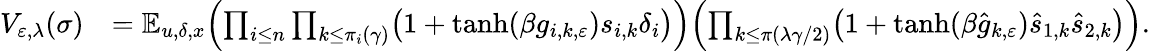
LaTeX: \begin{array}{rl}{{V}_{\varepsilon,\lambda}(\sigma)}&{=\mathbb E_{u,\delta,x}\Bigl(\prod_{i\leq n}\prod_{k\leq\pi_{i}(\gamma)}\bigl(1+\operatorname{tanh}(\beta g_{i,k,\varepsilon})s_{i,k}\delta_{i}\bigr)\Bigr)\Bigl(\prod_{k\leq\pi(\lambda\gamma/2)}\bigl(1+\operatorname{tanh}(\beta\hat{g}_{k,\varepsilon})\hat{s}_{1,k}\hat{s}_{2,k}\bigr)\Bigr).}\end{array}